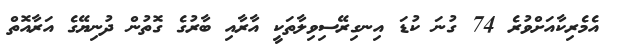
އެމެރިކާއަށްވުރެ 74 ގުނަ ކުޑަ އިނގިރޭސިވިލާތަކީ އާރާއި ބާރުގެ ގޮތުން ދުނިޔޭގެ އަރާއޮތް